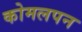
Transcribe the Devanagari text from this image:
कोमलपन